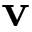
\mathbf { v }